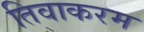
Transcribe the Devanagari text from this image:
तिवाकरम